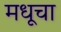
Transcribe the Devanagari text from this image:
मधूचा